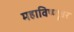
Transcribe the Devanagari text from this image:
महाविष्णूवर